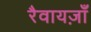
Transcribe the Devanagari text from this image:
रैवायज़ाँ